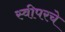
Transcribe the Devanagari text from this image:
स्वीपरचे